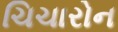
ચિચારોન